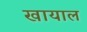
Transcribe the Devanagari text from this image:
खायाल